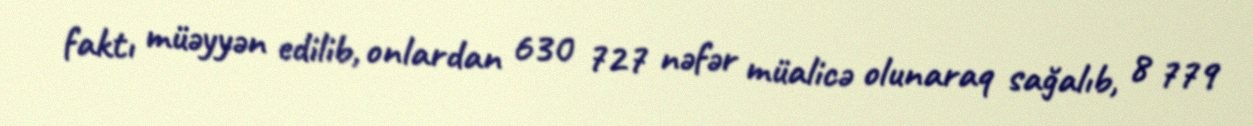
faktı müəyyən edilib, onlardan 630 727 nəfər müalicə olunaraq sağalıb, 8 779